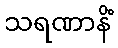
သရဏာနိံ